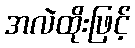
အလဲထိုးဖြင့်